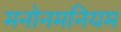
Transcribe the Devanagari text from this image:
मनोनमनियम